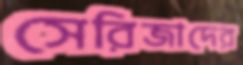
সেরিজাদের